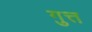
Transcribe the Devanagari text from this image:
गुत्त